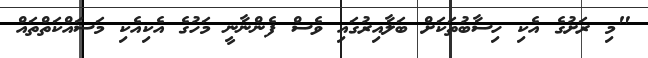
"މި ރަށުގެ އެކި ހިސާބުތަކަށް ބަލާއިރުގައި ވެސް ފެންނާނީ މަހުގެ އެކިއެކި މަސައްކަތްތައް